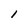
Character: l